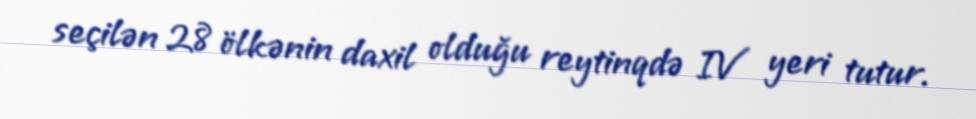
seçilən 28 ölkənin daxil olduğu reytinqdə IV yeri tutur.